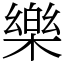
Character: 樂